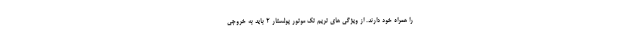
را همراه خود دارند. از ویژگی های تریم تک موتور پولستار 2 باید به خروجی